Plague in India, 1896, 1897 - Volume 1
Year: 1896
Disease focus: Plague
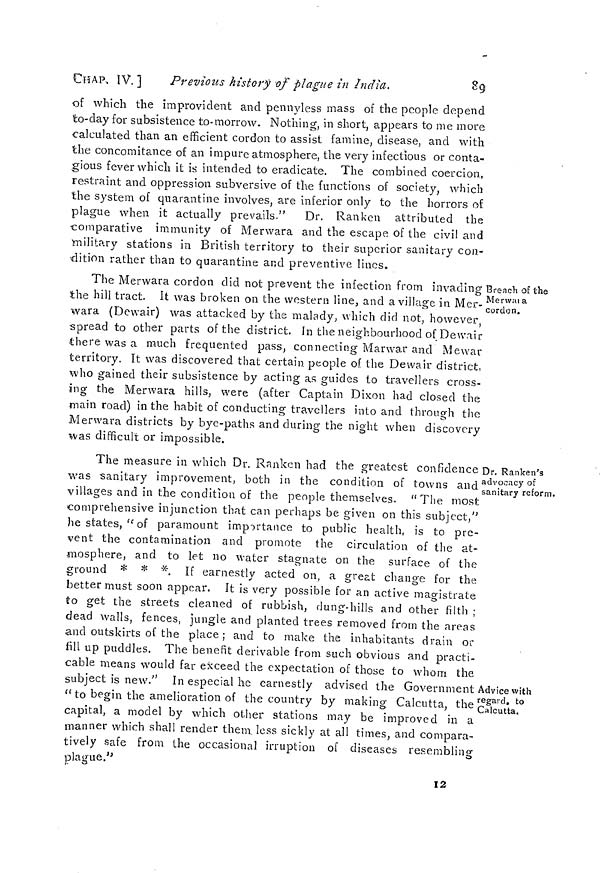
CHAP. IV.]
Previous history of plague in India.
89
of which the improvident and pennyless mass of the people depend
to-day for subsistence to-morrow. Nothing, in short, appears to me more
calculated than an efficient cordon to assist famine, disease, and with
the concomitance of an impure atmosphere, the very infectious or conta-
gious fever which it is intended to eradicate. The combined coercion,
restraint and oppression subversive of the functions of society, which
the system of quarantine involves, are inferior only to the horrors of
plague when it actually prevails."
Dr. Ranken attributed the
comparative immunity of Merwara and the escape of the civil and
military stations in British territory to their superior sanitary con-
dition rather than to quarantine and preventive linos.
Breach of the
Merwara
cordon.
The Merwara cordon did not prevent the infection from invading :
the hill tract. It was broken on the western line, and a village in Mer-
wara (Dewair) was attacked by the malady, which did not, however,
spread to other parts of the district. In the neighbourhood of Dewair
there was a much frequented pass, connecting Marwar and Mewar
territory. It was discovered that certain people of the Dewair district,
who gained their subsistence by acting as guides to travellers cross-
ing the Merwara hills, were (after Captain Dixon had closed the
main road) in the habit of conducting travellers into and through the
Merwara districts by bye-paths and during the night when discovery
was difficult or impossible.
Dr. Ranken's
advocacy of
sanitary reform.
Advice with
regard, to
Calcutta.
The measure in which Dr. Ranken had the greatest confidence
was sanitary improvement, both in the condition of towns and
villages and in the condition of the people themselves. " The most
comprehensive injunction that can perhaps be given on this subject,"
he states, " of paramount importance to public health, is to pre-
vent the contamination and promote the circulation of the at-
mosphere, and to let no water stagnate on the surface of the
ground * * *. If earnestly acted on, a great change for the
better must soon appear. It is very possible for an active magistrate
to get the streets cleaned of rubbish, dung-hills and other filth ;
dead walls, fences, jungle and planted trees removed from the areas
and outskirts of the place; and to make the inhabitants drain or
fill up puddles. The benefit derivable from such obvious and practi-
cable means would far exceed the expectation of those to whom the
subject is new." In especial he earnestly advised the Government
" to begin the amelioration of the country by making Calcutta, the
capital, a model by which other stations may be improved in a
manner which shall render them, less sickly at all times, and compara-
tively safe from the occasional irruption of diseases resembling
plague."
12